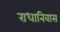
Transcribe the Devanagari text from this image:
राधानिवास